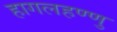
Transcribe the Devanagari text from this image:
हागलहण्णु